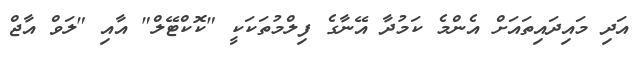
އަދި މައިދައިތައަށް އެންމެ ކަމުދާ އޭނާގެ ފިލްމުތަކަކީ "ކޮކްޓޭލް" އާއި "ލަވް އާޖް